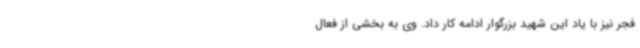
فجر نیز با یاد این شهید بزرگوار ادامه کار داد. وی به بخشی از فعال